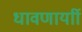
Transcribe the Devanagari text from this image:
धावणार्याी